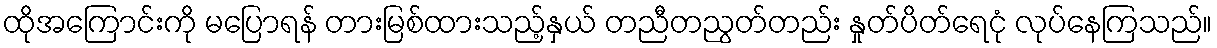
ထိုအကြောင်းကို မပြောရန် တားမြစ်ထားသည့်နှယ် တညီတညွတ်တည်း နှုတ်ပိတ်ရေငုံ လုပ်နေကြသည်။